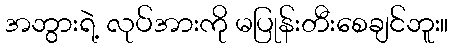
အဘွားရဲ့ လုပ်အားကို မပြုန်းတီးစေချင်ဘူး။